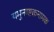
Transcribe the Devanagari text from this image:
यमुनाष्टकनामक